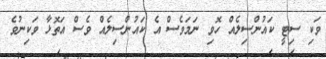
ވަކި ސިޓީ ކައުންސިލެއް ހޮވި ނަމަވެސް އެ ކައުންސިލެއް ވެސް އަތޮޅާ ވަކިިނުވެ